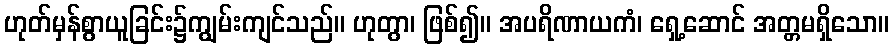
ဟုတ်မှန်စွာယူခြင်း၌ကျွမ်းကျင်သည်။ ဟုတွာ၊ ဖြစ်၍။ အပရိဏာယကံ၊ ရှေ့ဆောင် အတ္တမရှိသော။